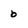
Character: 0